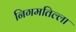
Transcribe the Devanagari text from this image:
निगमतिल्ला